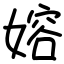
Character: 嫆